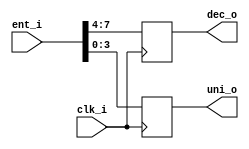
`timescale 1ns / 1ps
//////////////////////////////////////////////////////////////////////////////////
// Company: 
// 
// Design Name: 
// Module Name:    divisorDU 
// Project Name: 
// Target Devices: 
// Tool versions: 
// Description: 
//
// Dependencies: 
//
// Revision: 
// Revision 0.01 - File Created
// Additional Comments: 
//
//////////////////////////////////////////////////////////////////////////////////
module divisorDU(clk_i,ent_i,dec_o,uni_o);

input clk_i;
input [7:0] ent_i;
output reg [3:0] dec_o,uni_o;

always@(posedge clk_i)
	begin
	// separando decenas
		dec_o[0]=ent_i[4];
		dec_o[1]=ent_i[5];
		dec_o[2]=ent_i[6];
		dec_o[3]=ent_i[7];
		
	// separando unidades	
		uni_o[0]=ent_i[0];
		uni_o[1]=ent_i[1];
		uni_o[2]=ent_i[2];
		uni_o[3]=ent_i[3];
		
	
	end




endmodule